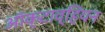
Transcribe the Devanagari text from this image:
ऑक्टाव्हियन